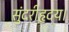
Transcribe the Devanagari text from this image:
सुंदरीहृदय।